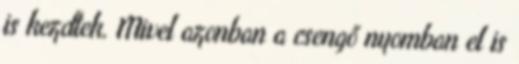
is kezdtek. Mivel azonban a csengő nyomban el is